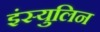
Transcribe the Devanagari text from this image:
इंस्युलिन